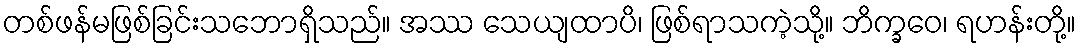
တစ်ဖန်မဖြစ်ခြင်းသဘောရှိသည်။ အဿ သေယျထာပိ၊ ဖြစ်ရာသကဲ့သို့။ ဘိက္ခဝေ၊ ရဟန်းတို့။